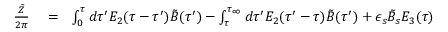
\begin{array} { r l r } { { \frac { \tilde { Z } } { 2 \pi } } } & { { } = } & { \int _ { 0 } ^ { \tau } d \tau ^ { \prime } E _ { 2 } ( \tau - \tau ^ { \prime } ) \tilde { B } ( \tau ^ { \prime } ) - \int _ { \tau } ^ { \tau _ { \infty } } d \tau ^ { \prime } E _ { 2 } ( \tau ^ { \prime } - \tau ) \tilde { B } ( \tau ^ { \prime } ) + \epsilon _ { s } \tilde { B } _ { s } E _ { 3 } ( \tau ) } \end{array}